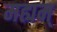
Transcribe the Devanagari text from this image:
मह्यम्